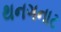
થનગનાટ